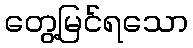
တွေ့မြင်ရသော